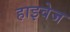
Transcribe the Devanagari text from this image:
हाइवेज